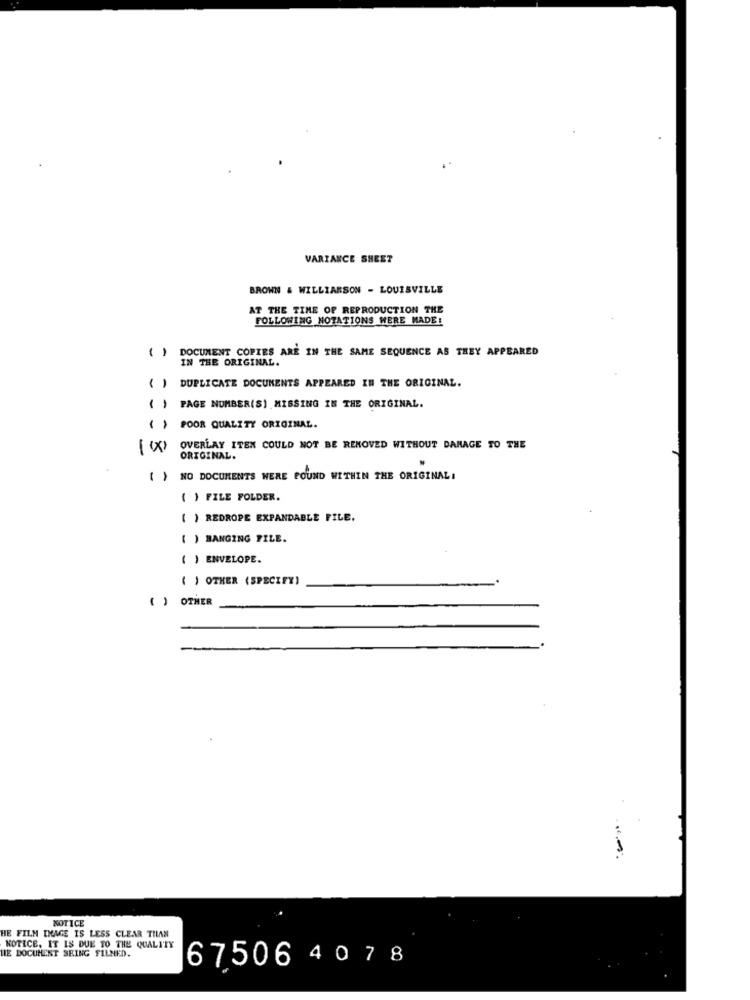
VARIANCE SHEET
BROWN & WILLIAMSON - LOUISVILLE
AT THE TIME OF REPRODUCTION THE
FOLLOWING NOTATIONS WERE MADE!
11
DOCUMENT COPIES ARE IN THE SAME SEQUENCE AS THEY APPEARED
IN THE ORIGINAL.
( ) DUPLICATE DOCUMENTS APPEARED IN THE ORIGINAL.
PAGE NUMBER(S) MISSING IN THE ORIGINAL.
( ) POOR QUALITY ORIGINAL.
OVERLAY ITEN COULD NOT BE REMOVED WITHOUT DAMAGE TO THE
ORIGINAL.
( ) NO DOCUMENTS WERE FOUND WITHIN THE ORIGINAL,
( ) FILE FOLDER.
( ) REDROPE EXPANDABLE FILE.
( ) HANGING FILE.
( ) ENVELOPE.
( ) OTHER (SPECIFY)
( ) OTHER
NOTICE
HE FILM IMAGE IS LESS CLEAR THAN
HIE DOCUMENT SEING FILNED.
NOTICE. IT IS DUE TO THE QUALITY
67506 4 0 78